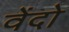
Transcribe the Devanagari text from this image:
वेंदो